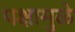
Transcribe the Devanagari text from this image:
पक्षामुळे